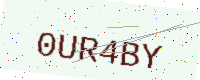
Text: 0UR4BY